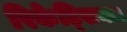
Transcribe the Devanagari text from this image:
रिकेट्सिया।